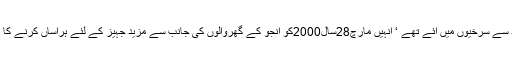
الیاس ٹی وی شو ’انڈیا موسٹ وانٹیڈ‘ کے بعد سے سرخیوں میں ائے تھے ‘ انہیں مارچ28سال2000کو انجو کے گھروالوں کی جانب سے مزید جہیز کے لئے ہراساں کرنے کا الزام عائد کرنے کے بعد گرفتار کرلیاگیاتھا۔